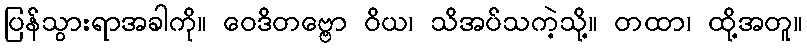
ပြန်သွားရာအခါကို။ ဝေဒိတဗ္ဗော ဝိယ၊ သိအပ်သကဲ့သို့။ တထာ၊ ထို့အတူ။